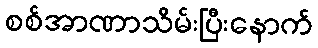
စစ်အာဏာသိမ်းပြီးနောက်